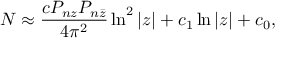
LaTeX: N \approx \frac { c P _ { n z } P _ { n \bar { z } } } { 4 \pi ^ { 2 } } \ln ^ { 2 } | z | + c _ { 1 } \ln | z | + c _ { 0 } ,